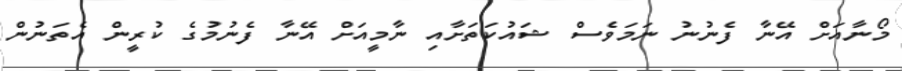
މޯނާއަށް އޭނާ ފެނުނު ނަމަވެސް ޝައުކަތަށާއި ނާމީއަށް އޭނާ ފެނުމުގެ ކުރީން އެތަނުން